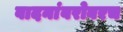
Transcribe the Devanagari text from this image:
वादनांबरोबरच